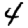
Digit: 4